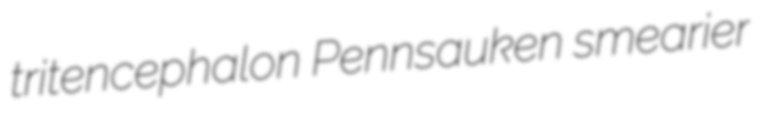
tritencephalon Pennsauken smearier